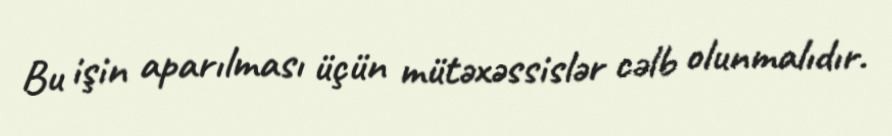
Bu işin aparılması üçün mütəxəssislər cəlb olunmalıdır.